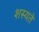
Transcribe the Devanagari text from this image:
शस्यते